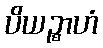
ပိယဉ္စာဟံ